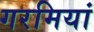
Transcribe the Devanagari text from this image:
गरमियां